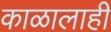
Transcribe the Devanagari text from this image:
काळालाही